system: You are a helpful assistant.
user:
Analyze the provided spectrum to determine if it is a **White Dwarf (WD)**.

A White Dwarf spectrum is defined by its **extreme purity** (due to gravitational settling) and/or **extreme pressure broadening** (due to high surface gravity). You must check for one of the following mutually exclusive signatures:

- **Key Visual Indicators (Check for ONE of these types):**

    - **1. DA-Type Signature (Most Common):**
        - **(Primary Feature):** Extreme pressure broadening (Stark broadening) of the **Hydrogen (H) Balmer lines**.
        - **(Key Lines):** $H\beta$ (approx. $4861$ Å) and $H\gamma$ (approx. $4340$ Å). $H\alpha$ (approx. $6563$ Å) will also be present if the wavelength range covers it.
        - **(Line Profile):** This is the **defining feature**. The lines are **NOT** sharp. They appear as massive, **extremely broad and deep "troughs" or "dips"** in the spectrum, often hundreds of Ångströms wide. The continuum will appear to "scoop" down at these wavelengths.
        - **(Distinction):** Normal A-type or B-type stars have *narrow* and *sharp* Hydrogen lines. A DA White Dwarf's lines are unmistakably "smeared" or "blurry" from pressure.

    - **2. DB-Type Signature:**
        - **(Primary Feature):** Broad absorption lines from **Neutral Helium (He I)**. The spectrum must lack any visible Hydrogen lines.
        - **(Key Lines):** Look for broad absorption near $4471$ Å, $4921$ Å, and $5876$ Å.
        - **(Line Profile):** These lines are also significantly pressure-broadened, appearing much wider than they would in a normal B-type main-sequence star.

    - **3. DC-Type Signature:**
        - **(Primary Feature):** A **featureless continuous spectrum**.
        - **(Line Profile):** The spectrum is a smooth curve with **no significant absorption or emission lines**.
        - **(Key Confirmation):** The continuum is almost always **blue or white**, indicating a hot object. This signature implies the atmosphere is so pure (or so cool) that no spectral lines are visible in the optical range. Its WD identity is confirmed by its extremely low intrinsic brightness (high absolute magnitude).

    - **4. DZ-Type Signature (Metal-Polluted):**
        - **(Primary Feature):** **Isolated, narrow metal absorption lines** on an otherwise featureless (DC-like) continuum.
        - **(Key Lines):** The **Calcium (Ca II) H & K doublet** (approx. **$3934$ Å** and **$3968$ Å**) is the most common and defining feature.
        - **(Line Profile):** These lines are "out of place." They are *not* part of a "forest" of thousands of lines. This signature is evidence of recent *accretion* (pollution) from rocky debris.
        - **(Distinction):** Normal G/K/M stars have a *dense forest* of thousands of metal lines. A DZ has a *clean* continuum with *only a few* strong metal lines.

    - **5. DQ-Type Signature (Carbon-Polluted):**
        - **(Primary Feature):** Absorption bands from **Carbon (C₂ "Swan Bands" or atomic C I)**.
        - **(Key Lines - C₂):** Look for bandheads with a "saw-tooth" shape near $5635$ Å, **$5165$ Å** (strongest), and $4737$ Å.
        - **(Key Confirmation):** The underlying **continuum must be blue or white** (hot).
        - **(Distinction):** This is the critical difference from a **Carbon Star**, which has the *exact same* C₂ bands but on an extremely **red, cool** continuum.

- **(Overall Spectrum):**
    - The continuum (overall shape) is typically **blue-sloping** (brighter in the blue than the red), as most white dwarfs are very hot.
    - The spectrum will look "pure" or "simple," dominated by only *one* of the five signatures listed above.

Think first, call **spectral_visualization_tool** if needed to examine features in detail, then provide your final answer. Your response must adhere to the following strict rules:
1.  **Overall Structure:** Your response must follow the format `<think>...</think> <tool_call>...</tool_call> (if a tool is used) <answer>...</answer>`.
2.  **Tool Usage Constraint:** You may only make **one** tool call per turn.
3.  **Final Answer Format:** In the `<answer>` tag, your conclusion must be inside a `\boxed{}` command (e.g., `\boxed{YES}` or `\boxed{NO}`), followed by your justification.

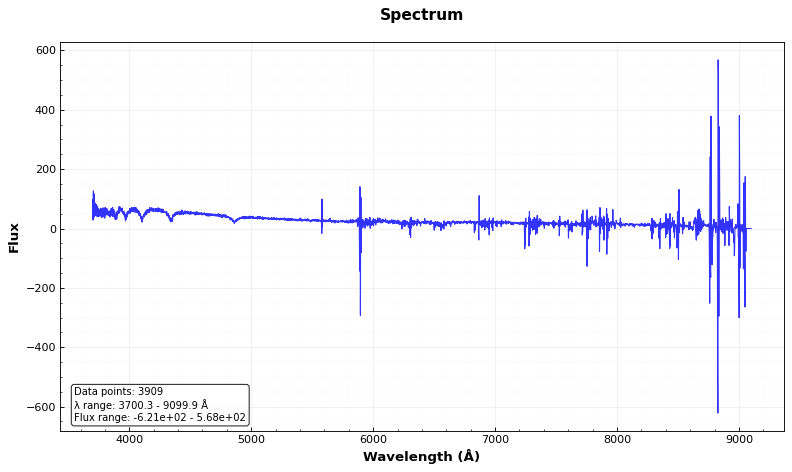
Answer: YES